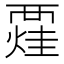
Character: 𧟼